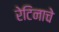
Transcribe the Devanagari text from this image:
रेटिनाचे